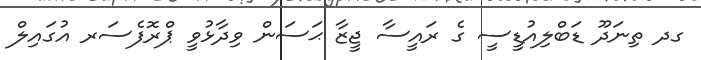
ގދ ތިނަދޫ ޑަބްލިއުޑީސީ ގެ ރައީސާ ޖީޒާ ޙަސަން ވިދާޅުވީ ޕްރޮފެސަރ އުގައިލް